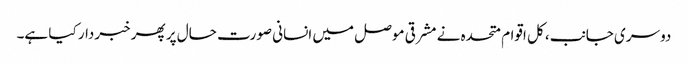
دوسری جانب، کل اقوام متحدہ نے مشرقی موصل میں انسانی صورت حال پر پھر خبردار کیا ہے۔